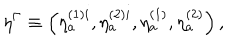
\eta ^ { \Gamma } \equiv \left( \eta _ { a } ^ { ( 1 ) i } , \eta _ { a } ^ { ( 2 ) i } , \eta _ { a } ^ { ( 1 ) } , \eta _ { a } ^ { ( 2 ) } \right) ,